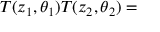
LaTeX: T ( z _ { 1 } , \theta _ { 1 } ) T ( z _ { 2 } , \theta _ { 2 } ) =